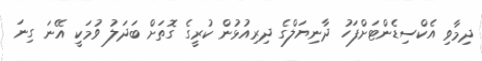
ދިމާވި އެކްސިޑެންޓަށްފަހު ދާނިޔަލްގެ ދިރިއުޅުން ކުރީގެ ގޮތަށް ބަދަލު ވުމަކީ އޭނަ ގިނަ